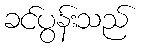
ခင်ပွန်းသည်